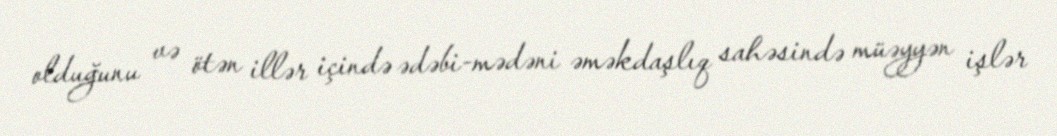
olduğunu və ötən illər içində ədəbi-mədəni əməkdaşlıq sahəsində müəyyən işlər